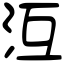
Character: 沍